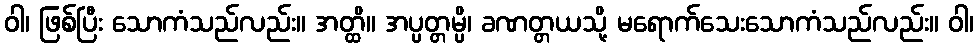
ဝါ၊ ဖြစ်ပြီး သောကံသည်လည်း။ အတ္ထိ။ အပ္ပတ္တမ္ပိ၊ ခဏတ္တယသို့ မရောက်သေးသောကံသည်လည်း။ ဝါ၊